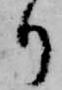
り